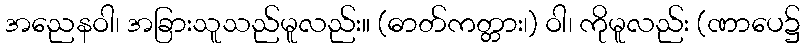
အညေနဝါ၊ အခြားသူသည်မူလည်း။ (ဓာတ်ကတ္တား၊) ဝါ၊ ကိုမူလည်း (ဏာပေ၌